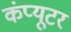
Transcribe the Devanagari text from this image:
कंंप्यूटर